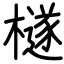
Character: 檖